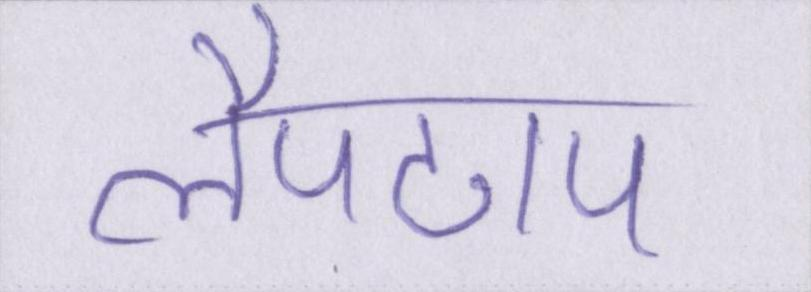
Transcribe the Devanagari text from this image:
लैपटाप